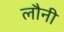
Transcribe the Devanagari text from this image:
लौनी